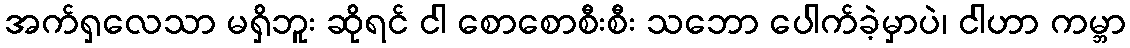
အက်ရှလေသာ မရှိဘူး ဆိုရင် ငါ စောစောစီးစီး သဘော ပေါက်ခဲ့မှာပဲ၊ ငါဟာ ကမ္ဘာ